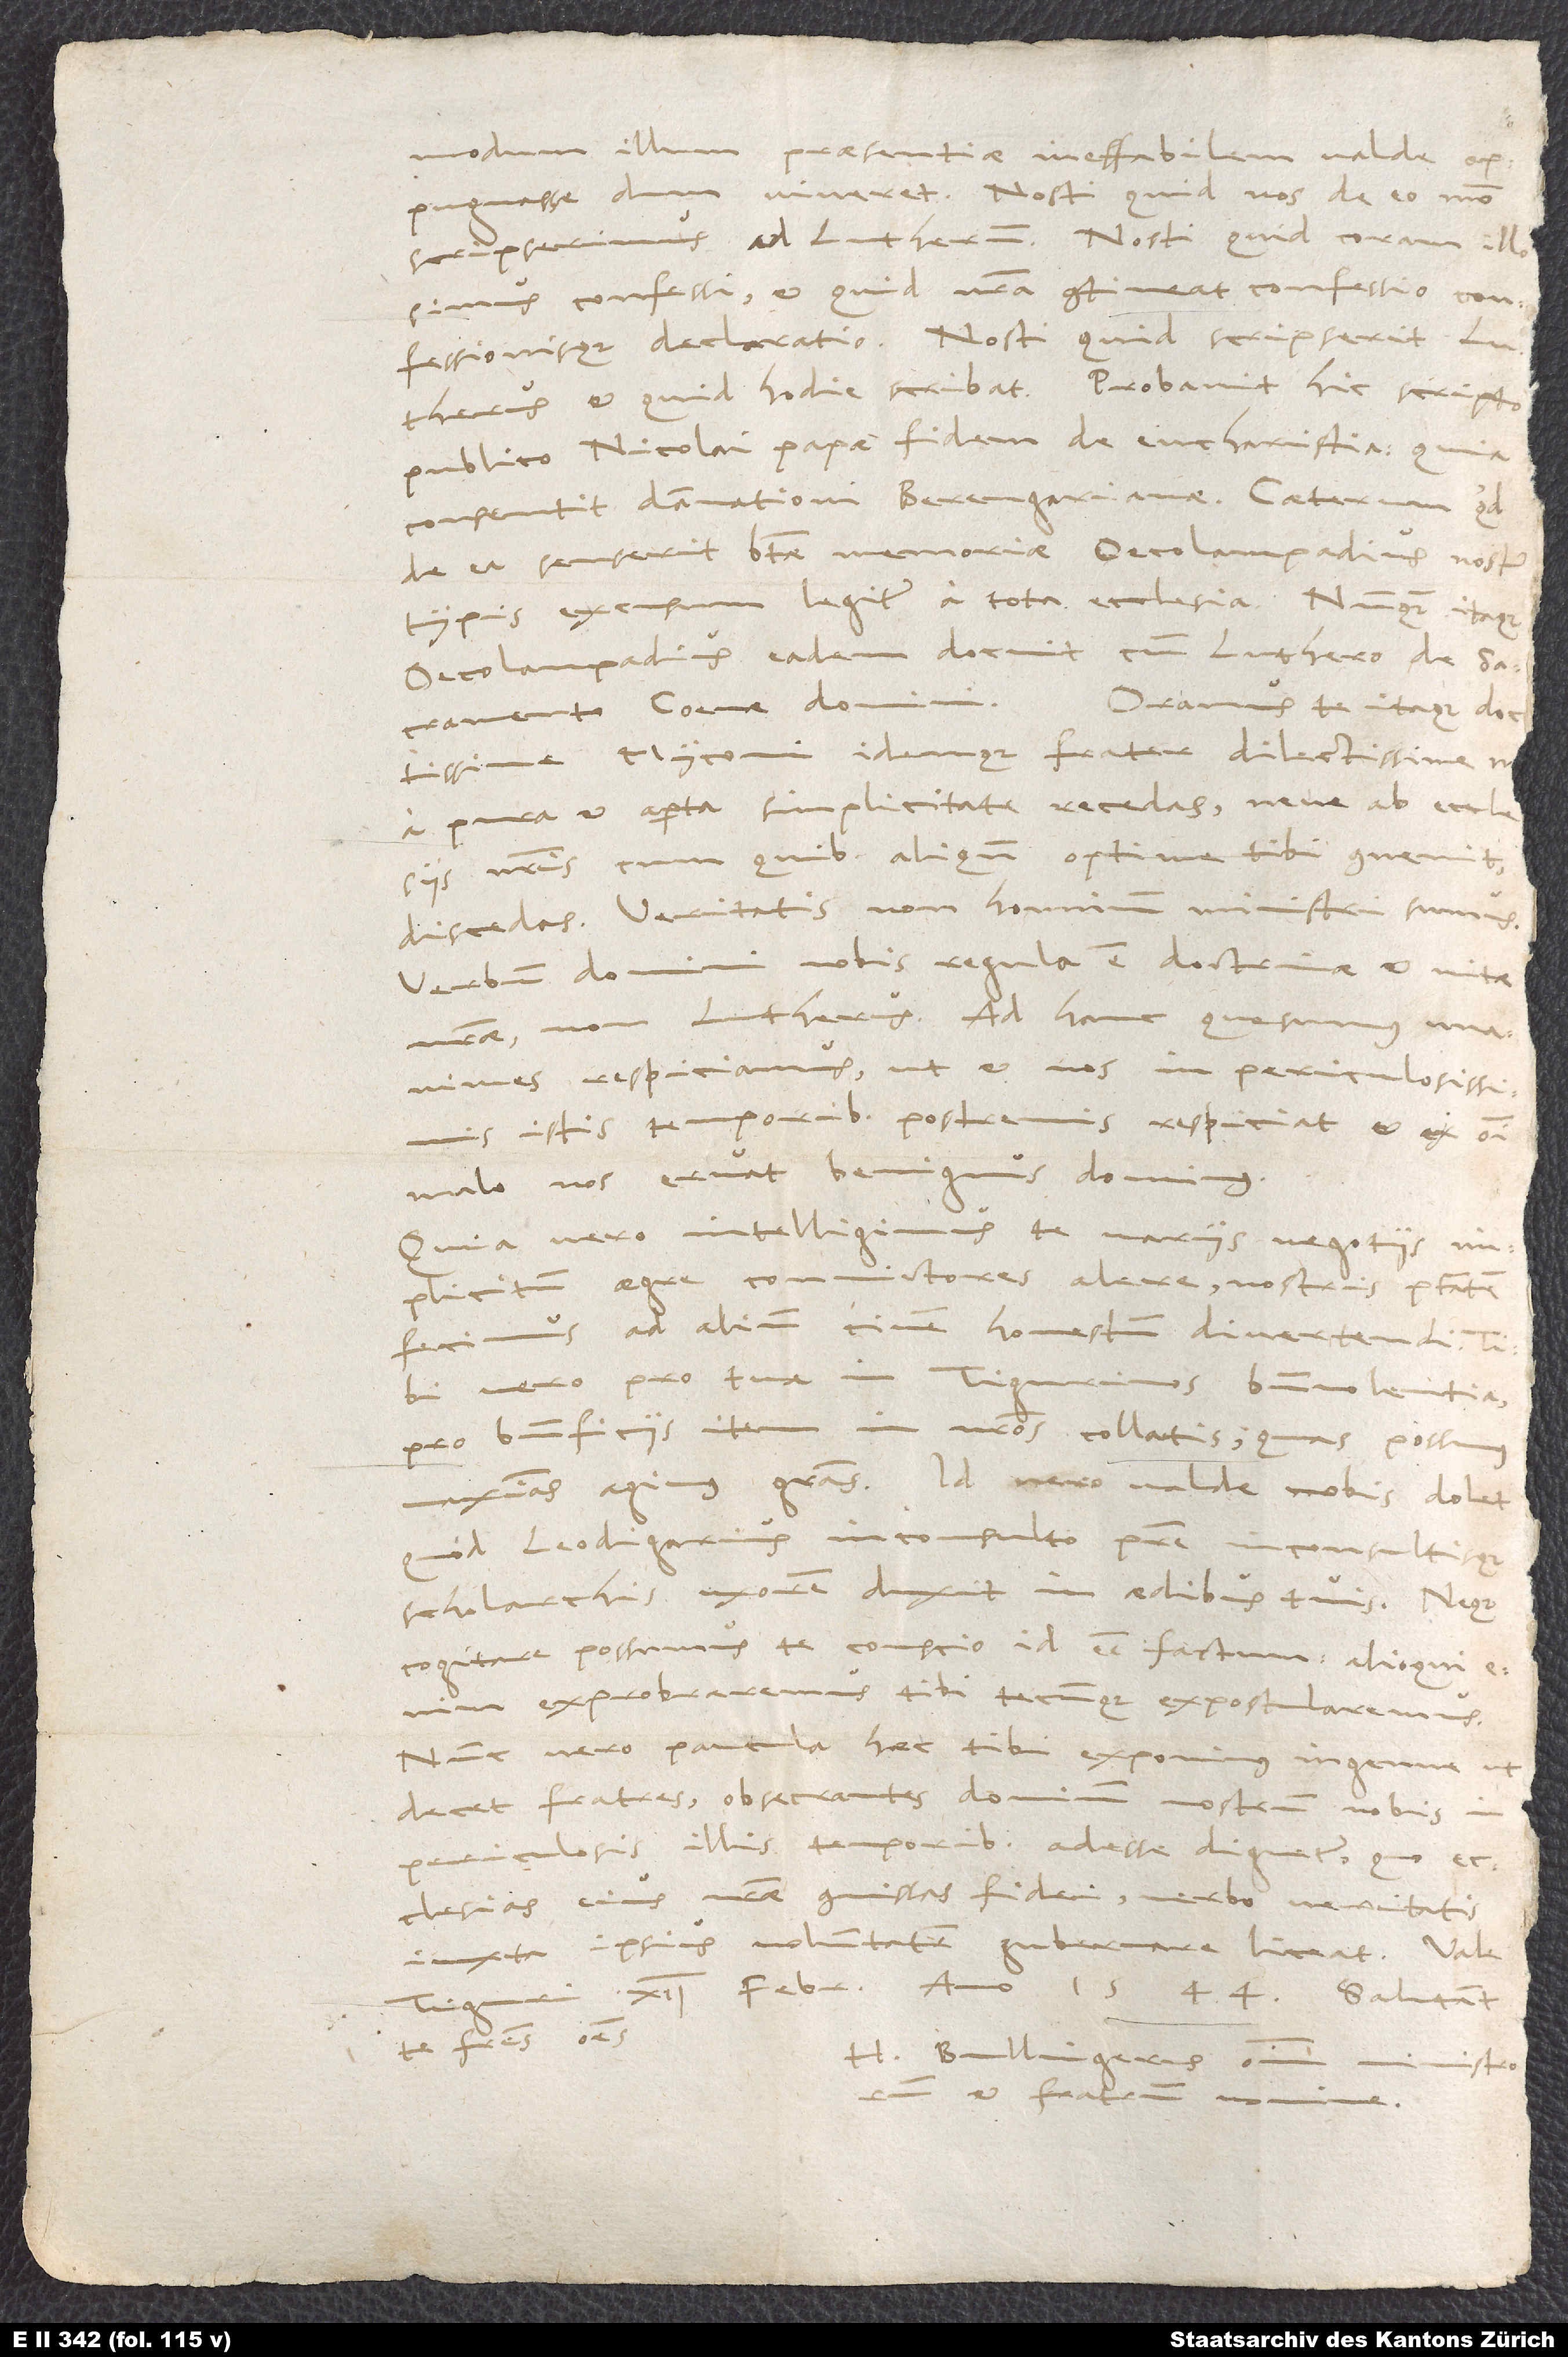
modum illum praesentiae ineffabilem valde oppugnasse,
scripserimus ad Lutherum. Nosti, quid coram illo
simus confessi et quid nostra contineat confessio
confessionisque declaratio. Nosti, quid scripserit Lutherus
et quid hodie scribat. Probavit hic scripto
publico Nicolai papae fidem de eucharistia, quia
consentit damnationi Berengarianae. Caeterum quid
de ea senserit beatae memoriae Oecolampadius, nosti;
typis excusum legitur a tota ecclesia. Nunquam itaque
Oecolampadius eadem docuit cum Luthero de
Oramus te itaque, doctissime
sacramento coenae domini.
Myconi idemque frater dilectissime, ne
a pura et aperta simplicitate recedas neve ab ecclesiis
nostris, cum quibus aliquando optime tibi convenit,
discedas. Veritatis, non hominum ministri sumus.
Verbum domini nobis regula est doctrinae et vitae
unanimes respiciamus, ut et nos in periculosissimis
istis temporibus postremis respiciat et ex omni
malo nos eruat benignus dominus.
Quia vero intelligimus te variis negotiis
implicitum aegre convictores alere, nostris potestatem
fecimus ad alium civem honestum divertendi.
vero pro tua in Tigurinos benevolentia,
pro beneficiis item in nostros collatis, quas possumus
maximas agimus gratias. Id vero valde nobis dolet,
quod Leodigarius inconsulto patre inconsultisque
scholarchis uxorem duxit in aedibus tuis, neque
cogitare possumus te conscio id esse factum; alioqui enim
exprobraremus tibi tecumque expostularemus.
Nunc vero paucula haec tibi exponimus ingenue, ut
decet fratres, obsecrantes dominum nostrum, nobis in
periculosis illis temporibus adesse dignetur, quo
ecclesias eius nostrae commissas fidei verbo veritatis
iuxta ipsius voluntatem gubernare liceat. Vale.
Tiguri, 12. februarii anno 1544.
fratres omnes.
H. Bullingerus omnium minist
et fratrum nomine.